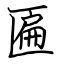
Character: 匾